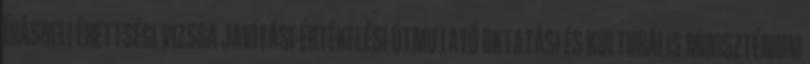
ÍRÁSBELI ÉRETTSÉGI VIZSGA JAVÍTÁSI-ÉRTÉKELÉSI ÚTMUTATÓ OKTATÁSI ÉS KULTURÁLIS MINISZTÉRIUM